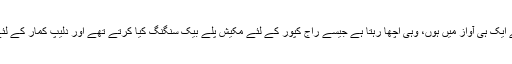
ایک فلم میں ایک ہیرو کے گانے ایک ہی آواز میں ہوں، وہی اچھا رہتا ہے جیسے راج کپور کے لئے مکیش پلے بیک سنگنگ کیا کرتے تھے اور دلیپ کمار کے لئے محمد رفیع اور طلعت محمود۔